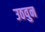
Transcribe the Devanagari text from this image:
उठवुन